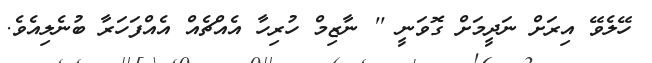
ހޭލެވޭ އިރަށް ނަދީމަށް ގޮވަނީ '' ނާޒިމް ހުރިހާ އެއްޗެއް އެއްފަހަރާ ބުނެލިއެވެ.